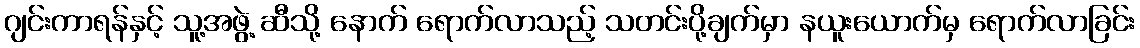
ဂျင်းကာရန်နှင့် သူ့အဖွဲ့ ဆီသို့ နောက် ရောက်လာသည့် သတင်းပို့ချက်မှာ နယူးယောက်မှ ရောက်လာခြင်း